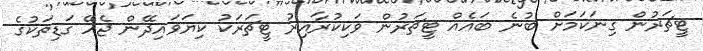
ޓީޗަރުން ގިނަކަމަށް ބުނެ ބައެއް ޓީޗަރުން ވަކިކުރާއިރު ޓީޗަރަކު ކިޔަވައިދޭން ޖެހޭ ގަޑިތަކުގެ